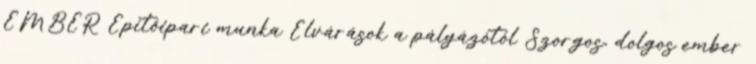
EMBER Építőipari munka Elvárások a pályázótól Szorgos, dolgos ember